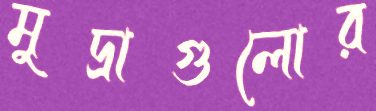
মুদ্রাগুলোর